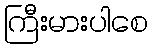
ကြီးမားပါစေ